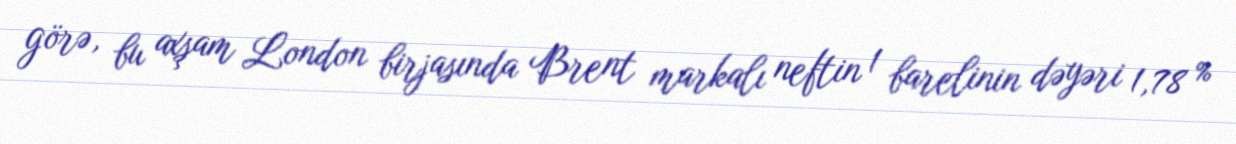
görə, bu axşam London birjasında Brent markalı neftin 1 barelinin dəyəri 1,78 %